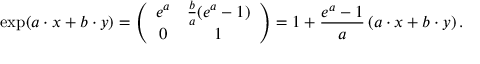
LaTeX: \exp ( a \cdot { } x + b \cdot { } y ) = \left( { \begin{array} { c c } { e ^ { a } } & { { \frac { b } { a } } ( e ^ { a } - 1 ) } \\ { 0 } & { 1 } \end{array} } \right) = 1 + { \frac { e ^ { a } - 1 } { a } } \left( a \cdot { } x + b \cdot { } y \right) .